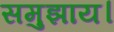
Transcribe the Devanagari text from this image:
समुझाय।